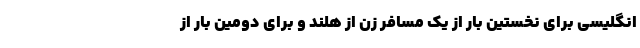
انگلیسی برای نخستین بار از یک مسافر زن از هلند و برای دومین بار از